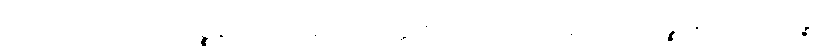
ဥပါယေဟိ ပရေသံ ဝဉ္စနံ။ တတြိဒမေကံ ဝတ္ထု ဧကော ကိရ လုဒ္ဒကော မိဂဉ္စ မိဂပေါတကဉ္စ